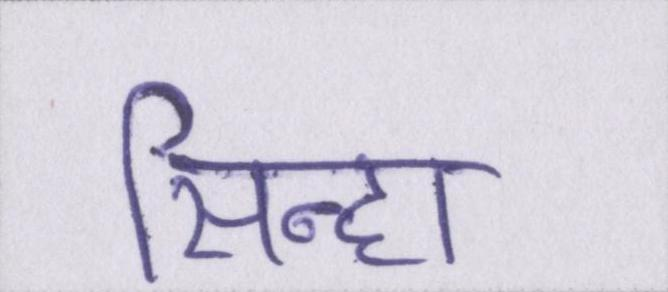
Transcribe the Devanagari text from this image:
सिन्हा